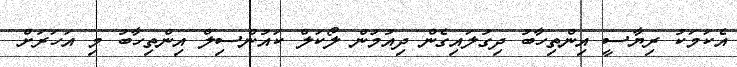
އެކަމަކު ރިޔާސީ އިންތިހާބު ދިގުލައިގެން ދިއުމުން ލޯކަލް ކައުންސިލް އިންތިހާބު މި އަހަރަށް